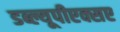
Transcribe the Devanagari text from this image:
डब्ल्यूपीएक्सए